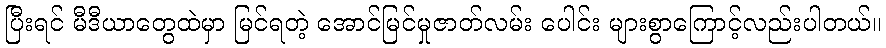
ပြီးရင် မီဒီယာတွေထဲမှာ မြင်ရတဲ့ အောင်မြင်မှုဇာတ်လမ်း ပေါင်း များစွာကြောင့်လည်းပါတယ်။